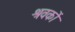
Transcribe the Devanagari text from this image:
श्रवकों